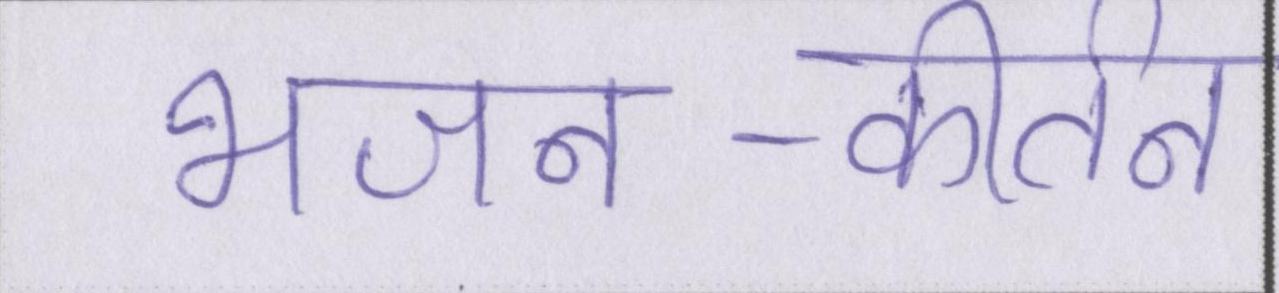
भजन-कीर्तन